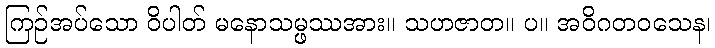
ကြဉ်အပ်သော ဝိပါတ် မနောသမ္ဖဿအား။ သဟဇာတ။ ပ။ အဝိဂတဝသေန၊